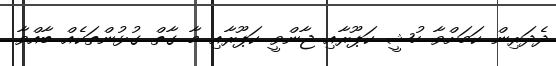
ދެދަރިން ކަމަށްވާ ހުޝީ ކަޕޫރާއި ޖާންވީ ކަޕޫރާއި މާ ގާތް ގުޅުންތަކެއް ބާއްވާ